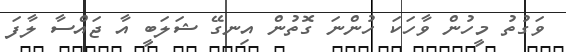
ވަގުތު މީހުން ވާހަކަ ހުންނަ ގޮތުން އިނގޭ ޝަލަބީ އާ ޖައްސާ ލާފަ